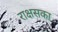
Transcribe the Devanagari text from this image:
राक्षसका